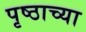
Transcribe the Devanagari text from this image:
पृष्ठाच्या